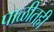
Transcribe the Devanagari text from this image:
पाळीतही